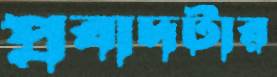
প্রবাদটার